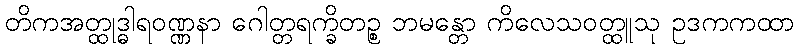
တိကအတ္ထုဒ္ဓါရဝဏ္ဏနာ ဂေါတ္တရက္ခိတဉ္စ ဘမန္တော ကိလေသဝတ္ထူသု ဥဒကကထာ